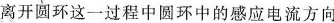
离开圆环这一过程中圆环中的感应电流方向